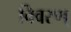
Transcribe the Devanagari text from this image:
विवरण्